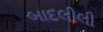
બાદલીલી